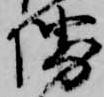
堺